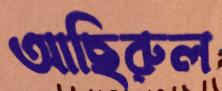
আছিরুল